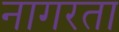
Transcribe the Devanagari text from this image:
नागरता